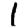
Digit: 1